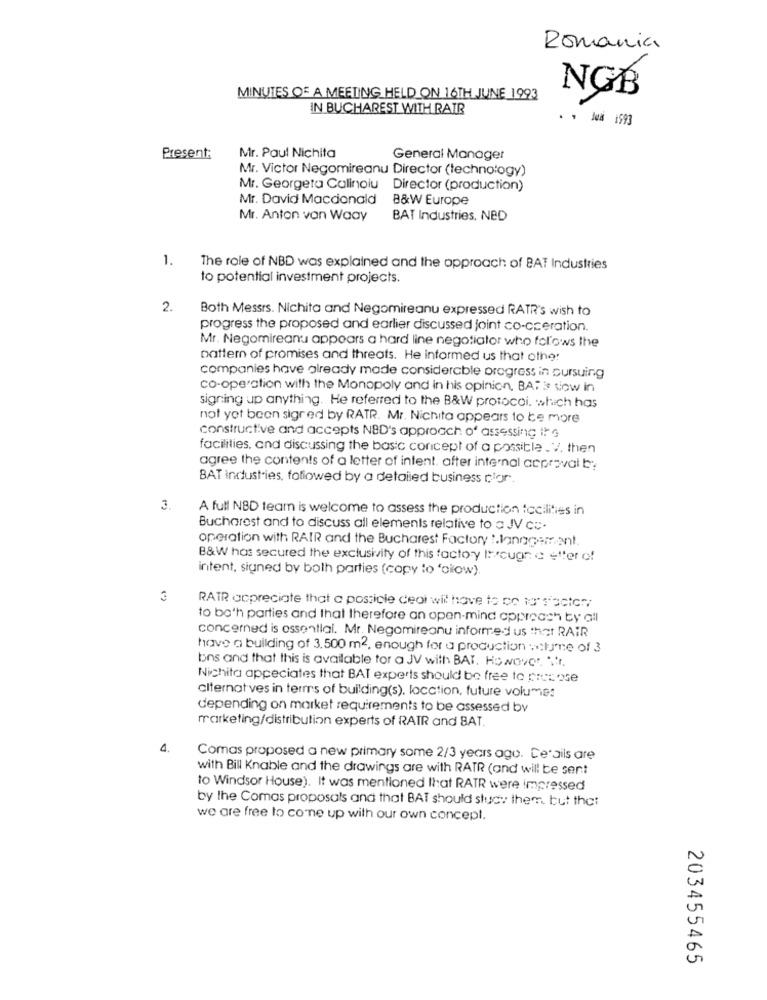
Romania
NGB
MINUTES OF A MEETING HELD ON 16TH JUNE 1993
IN BUCHAREST WITH RAIR
* * Jeà 1593
Present:
Mr. Paul Nichita
General Manager
Mr. Victor Negomireanu Director (technology)
Mr. Georgeta Calinoiu Director (production)
Mr. David Macdonald
B&W Europe
Mr. Anton van Waay
BAT Industries, NED
1.
The role of NBD was explained and the approach of BAT Industries
to potential investment projects.
2.
Both Messrs. Nichita and Negomireanu expressed RATR's wish to
progress the proposed and earlier discussed joint co-cceration.
Mr. Negomireana appears a hard line negotiator who folows the
pattern of promises and threats. He informed us that other
companies have already made considerable progress in pursuing
co-operation with the Monopoly and in his opinion, BAF is siow in
signing up anything. He referred to the B&W protocoi, which has
not yet been sigred by RATR. Mr. Nichita appears to be more
constructive and accepts NBD's approach of assessing ite
facilities, and discussing the basic concept of a possible . V. then
agree the contents of a letter of intent. after internal acproval be
BAT industries, followed by a detailed business d'or.
3.
A full NBD team is welcome to assess the production facilities in
Bucharest and to discuss all elements relative to a JV co.
operation with RAIR and the Bucharest Factory I.lanagement.
B&W has secured the exclusivity of this factory IFrougn a s"ter of
intent, signed by both parties (copy to 'cilow).
3
RATR appreciate that a posticie ceoi will have to co to"sfactor;
to both parties and that therefore an open-mind approach by all
concerned is essential. Mr. Negomireonu informed us that RAIR
have a building of 3.500 m2, enough for a production :lume of 3
bns and that this is available for a JV with BAT. Howover. ".r.
Nichita appeciates that BAT experts should be free to precose
alternat ves in terms of building(s), location, future volumes
depending on market requirements to be assessed by
marketing/distribution experts of RATR and BAT.
4.
Comas proposed a new primary some 2/3 years ago. Details are
with Bill Knable and the drawings are with RATR (and will be sent
to Windsor House). It was mentioned Ihat RATR were impressed
by the Comas proposals and that BAT should study them, but the:
we are free to come up with our own concept.
203455465